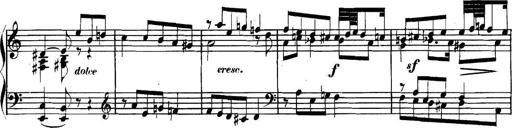
Title: Collected Piano Sonatas
Composer: Muzio Clementi